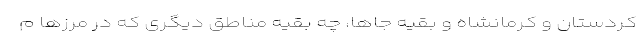
کردستان و کرمانشاه و بقیه جاها، چه بقیه مناطق دیگری که در مرزها م